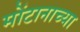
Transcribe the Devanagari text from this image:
मोंटानाच्या